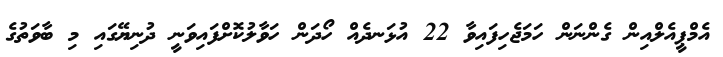
އެމްޕީއެލްއިން ގެންނަން ހަމަޖެހިފައިވާ 22 އުޅަނދެއް ހޯދަން ހަވާލުކޮށްފައިވަނީ ދުނިޔޭގައި މި ބާވަތުގެ